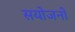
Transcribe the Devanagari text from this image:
सयोजनों